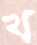
খ